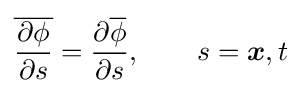
{\overline {\frac {\partial \phi }{\partial s}}}={\frac {\partial {\overline {\phi }}}{\partial s}},\qquad s={\boldsymbol {x}},t